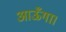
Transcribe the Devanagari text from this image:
आऊँगा।